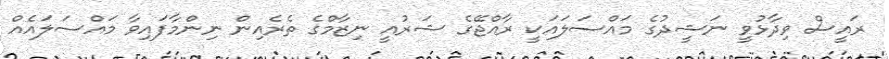
ރައީސް ވިދާޅުވީ ނަޝީދުގެ މައްްސަލައަކީ ރާއްޖޭގެ ޝަރުއީ ނިޒާމްގެ ތެރެއިން ނިންމާފައިވާ މައްސަލައެއް